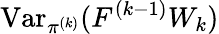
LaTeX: \operatorname{Var}_{\pi^{(k)}}(F^{(k-1)}W_{k})